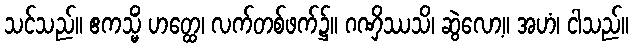
သင်သည်။ ဧကသ္မိံ ဟတ္ထေ၊ လက်တစ်ဖက်၌။ ဂဏှိဿသိ၊ ဆွဲလော့။ အဟံ၊ ငါသည်။